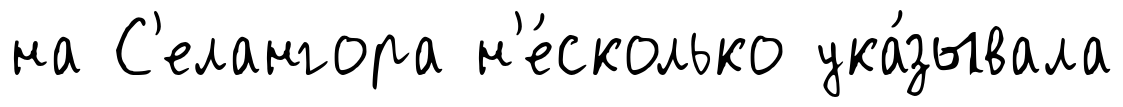
на С'елангора н'е́сколько ука́зывала